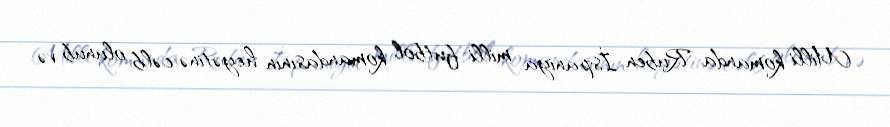
Milli komanda Ruben İspaniya milli futbol komandasının heyətinə cəlb olunub və